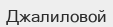
Джалиловой